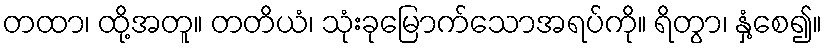
တထာ၊ ထို့အတူ။ တတိယံ၊ သုံးခုမြောက်သောအရပ်ကို။ ရိတွာ၊ နှံ့စေ၍။